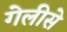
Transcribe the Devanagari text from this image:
गेलीसे